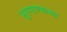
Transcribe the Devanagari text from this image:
सुरगाण्याच्या